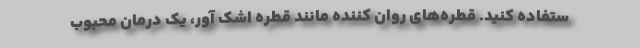
ستفاده کنید. قطره‌های روان کننده مانند قطره اشک آور، یک درمان محبوب